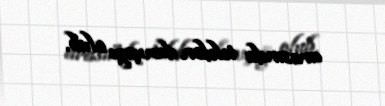
arasında telefon danışığı olub.